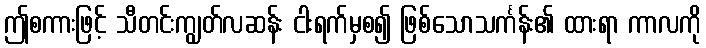
ဤစကားဖြင့် သီတင်းကျွတ်လဆန်း ငါးရက်မှစ၍ ဖြစ်သောသင်္ကန်း၏ ထားရာ ကာလကို